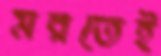
মরতেই